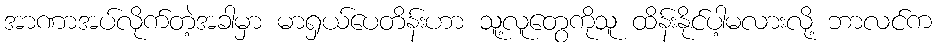
အာဏာအပ်လိုက်တဲ့အခါမှာ မာရှယ်ပေတိန်းဟာ သူ့လူတွေကိုသူ ထိန်းနိုင်ပါ့မလားလို့ ဘာလင်က